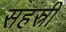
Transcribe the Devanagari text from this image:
सहस्री